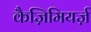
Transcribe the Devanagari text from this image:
कैज़िमियर्ज़